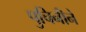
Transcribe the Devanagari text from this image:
पुचिनीने